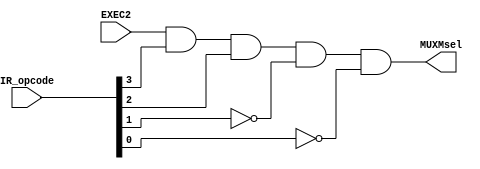
module MUXMsel
(
	input [3:0] IR_opcode,
	input EXEC2,
	output MUXMsel
);


assign MUXMsel = EXEC2 & IR_opcode[3] & IR_opcode[2] & ~IR_opcode[1] & ~IR_opcode[0];
	
endmodule